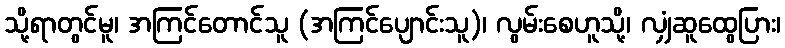
သို့ရာတွင်မူ၊ အကြင်တောင်သူ (အကြင်ပျောင်းသူ)၊ လွမ်းစေဟူသို့၊ လျှံဆူထွေပြား၊